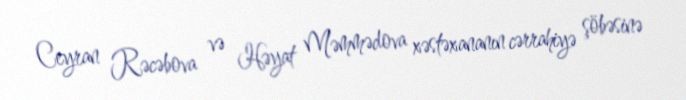
Ceyran Rəcəbova və Həyat Məmmədova xəstəxananın cərrahiyə şöbəsinə